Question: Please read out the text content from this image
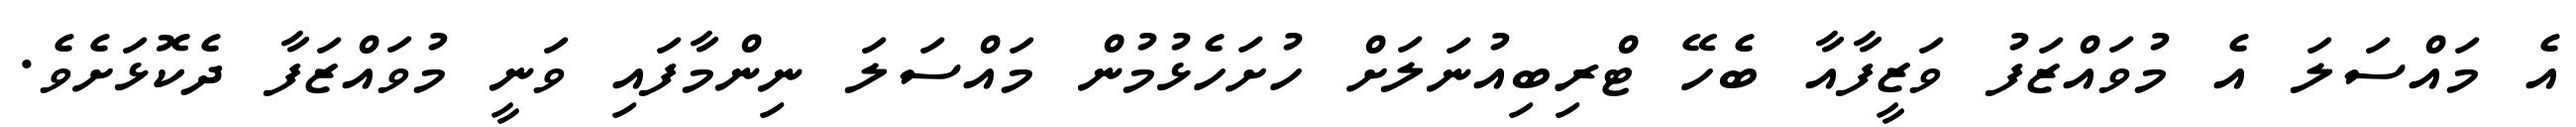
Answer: އެ މައްސަލަ އެ މުވައްޒަފު ވަޒީފާއާ ބެހޭ ޓްރިބިއުނަލަށް ހުށަހެޅުމުން މައްސަލަ ނިންމާފައި ވަނީ މުވައްޒަފާ ދެކޮޅަށެވެ.